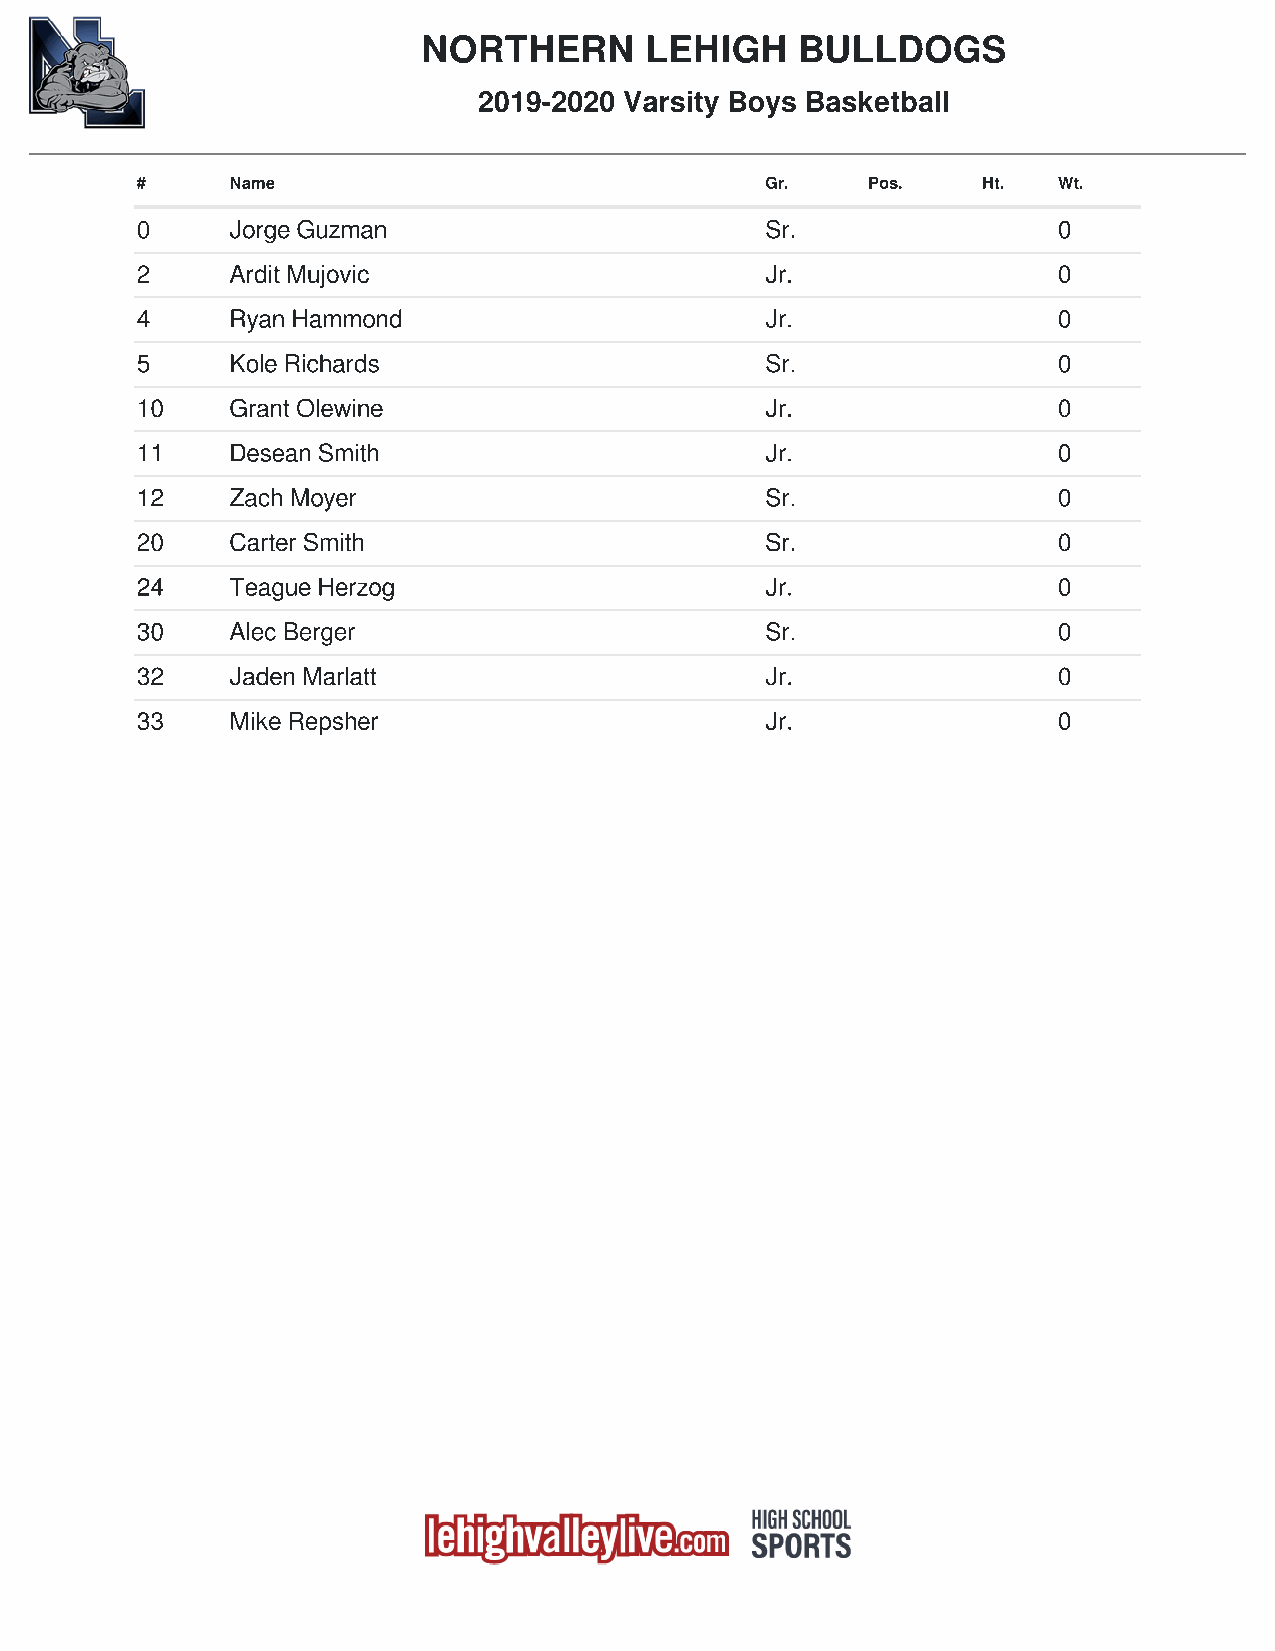
NORTHERN       LEHIGH    BULLDOGS
 2019-2020 Varsity Boys Basketball
 #     Name                                Gr.   Pos.    Ht.  Wt.
 0     Jorge Guzman                        Sr.                0
 2     Ardit Mujovic                       Jr.                0
 4     Ryan Hammond                        Jr.                0
 5     Kole Richards                       Sr.                0
 10    Grant Olewine                       Jr.                0
 11    Desean Smith                        Jr.                0
 12    Zach Moyer                          Sr.                0
 20    Carter Smith                        Sr.                0
 24    Teague Herzog                       Jr.                0
 30    Alec Berger                         Sr.                0
 32    Jaden Marlatt                       Jr.                0
 33    Mike Repsher                        Jr.                0